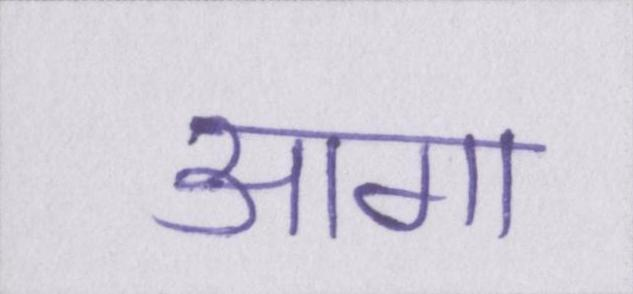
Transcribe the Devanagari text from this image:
आगा